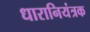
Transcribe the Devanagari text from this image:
धारानियंत्रक